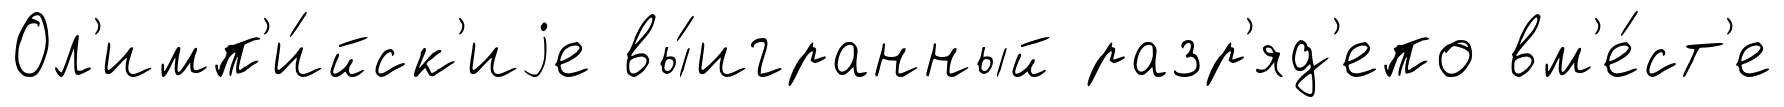
Ол'имп'и́йск'иjе вы́игранный разр'яд'епо вм'е́ст'е